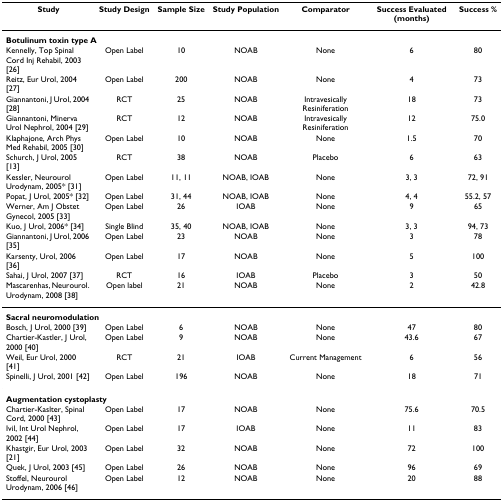
<table><thead><tr><td><b>Study</b></td><td><b>Study Design</b></td><td><b>Sample Size</b></td><td><b>Study Population</b></td><td><b>Comparator</b></td><td><b>Success Evaluated (months)</b></td><td><b>Success %</b></td></tr></thead><tbody><tr><td colspan="7"><b>Botulinum toxin type A</b></td></tr><tr><td>Kennelly, Top Spinal Cord Inj Rehabil, 2003 [26]</td><td>Open Label</td><td>10</td><td>NOAB</td><td>None</td><td>6</td><td>80</td></tr><tr><td>Reitz, Eur Urol, 2004 [27]</td><td>Open Label</td><td>200</td><td>NOAB</td><td>None</td><td>4</td><td>73</td></tr><tr><td>Giannantoni, J Urol, 2004 [28]</td><td>RCT</td><td>25</td><td>NOAB</td><td>Intravesically Resiniferation</td><td>18</td><td>73</td></tr><tr><td>Giannantoni, Minerva Urol Nephrol, 2004 [29]</td><td>RCT</td><td>12</td><td>NOAB</td><td>Intravesically Resiniferation</td><td>12</td><td>75.0</td></tr><tr><td>Klaphajone, Arch Phys Med Rehabil, 2005 [30]</td><td>Open Label</td><td>10</td><td>NOAB</td><td>None</td><td>1.5</td><td>70</td></tr><tr><td>Schurch, J Urol, 2005 [13]</td><td>RCT</td><td>38</td><td>NOAB</td><td>Placebo</td><td>6</td><td>63</td></tr><tr><td>Kessler, Neurourol Urodynam, 2005* [31]</td><td>Open Label</td><td>11, 11</td><td>NOAB, IOAB</td><td>None</td><td>3, 3</td><td>72, 91</td></tr><tr><td>Popat, J Urol, 2005* [32]</td><td>Open Label</td><td>31, 44</td><td>NOAB, IOAB</td><td>None</td><td>4, 4</td><td>55.2, 57</td></tr><tr><td>Werner, Am J Obstet Gynecol, 2005 [33]</td><td>Open Label</td><td>26</td><td>IOAB</td><td>None</td><td>9</td><td>65</td></tr><tr><td>Kuo, J Urol, 2006* [34]</td><td>Single Blind</td><td>35, 40</td><td>NOAB, IOAB</td><td>None</td><td>3, 3</td><td>94, 73</td></tr><tr><td>Giannantoni, J Urol, 2006 [35]</td><td>Open Label</td><td>23</td><td>NOAB</td><td>None</td><td>3</td><td>78</td></tr><tr><td>Karsenty, Urol, 2006 [36]</td><td>Open Label</td><td>17</td><td>NOAB</td><td>None</td><td>5</td><td>100</td></tr><tr><td>Sahai, J Urol, 2007 [37]</td><td>RCT</td><td>16</td><td>IOAB</td><td>Placebo</td><td>3</td><td>50</td></tr><tr><td>Mascarenhas, Neurourol. Urodynam, 2008 [38]</td><td>Open label</td><td>21</td><td>NOAB</td><td>None</td><td>2</td><td>42.8</td></tr><tr><td colspan="7"><b>Sacral neuromodulation</b></td></tr><tr><td>Bosch, J Urol, 2000 [39]</td><td>Open Label</td><td>6</td><td>NOAB</td><td>None</td><td>47</td><td>80</td></tr><tr><td>Chartier-Kastler, J Urol, 2000 [40]</td><td>Open Label</td><td>9</td><td>NOAB</td><td>None</td><td>43.6</td><td>67</td></tr><tr><td>Weil, Eur Urol, 2000 [41]</td><td>RCT</td><td>21</td><td>IOAB</td><td>Current Management</td><td>6</td><td>56</td></tr><tr><td>Spinelli, J Urol, 2001 [42]</td><td>Open Label</td><td>196</td><td>NOAB</td><td>None</td><td>18</td><td>71</td></tr><tr><td colspan="7"><b>Augmentation cystoplasty</b></td></tr><tr><td>Chartier-Kaslter, Spinal Cord, 2000 [43]</td><td>Open Label</td><td>17</td><td>NOAB</td><td>None</td><td>75.6</td><td>70.5</td></tr><tr><td>Ivil, Int Urol Nephrol, 2002 [44]</td><td>Open Label</td><td>17</td><td>IOAB</td><td>None</td><td>11</td><td>83</td></tr><tr><td>Khastgir, Eur Urol, 2003 [21]</td><td>Open Label</td><td>32</td><td>NOAB</td><td>None</td><td>72</td><td>100</td></tr><tr><td>Quek, J Urol, 2003 [45]</td><td>Open Label</td><td>26</td><td>NOAB</td><td>None</td><td>96</td><td>69</td></tr><tr><td>Stoffel, Neurourol Urodynam, 2006 [46]</td><td>Open Label</td><td>12</td><td>NOAB</td><td>None</td><td>20</td><td>88</td></tr></tbody></table>